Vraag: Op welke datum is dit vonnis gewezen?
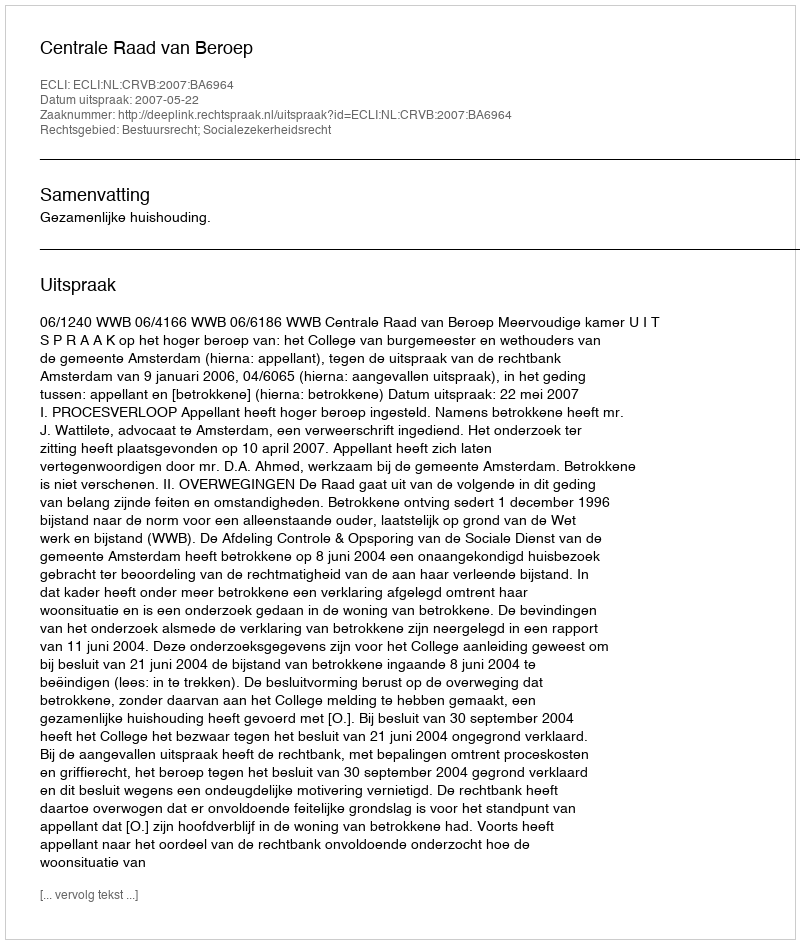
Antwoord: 2007-05-22